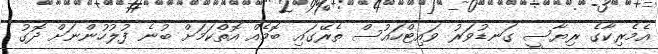
އެމެރިކާގެ ރިޔާސީ ގަނޑުވަރު ވައިޓްހައުސް ތެރޭގައި ބޮމެއް އޮތްކަމަށް ބުނެ ފުލުހުންނަށް ދޮގު